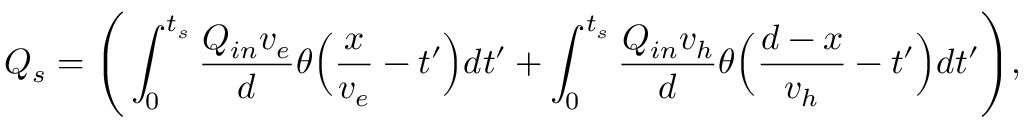
Q _ { s } = \Bigg ( \int _ { 0 } ^ { t _ { s } } \frac { Q _ { i n } v _ { e } } { d } \theta \Big ( \frac { x } { v _ { e } } - t ^ { \prime } \Big ) d t ^ { \prime } + \int _ { 0 } ^ { t _ { s } } \frac { Q _ { i n } v _ { h } } { d } \theta \Big ( \frac { d - x } { v _ { h } } - t ^ { \prime } \Big ) d t ^ { \prime } \Bigg ) ,